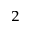
^ 2